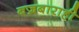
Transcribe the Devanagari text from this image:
बज्रबाराही